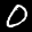
Label: 0